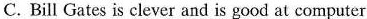
C. Bill Gates is clever and is good at computer